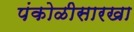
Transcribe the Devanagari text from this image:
पंकोळीसारखा